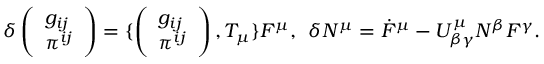
\delta \left( \begin{array} { l } { { g _ { i j } } } \\ { { \pi ^ { i j } } } \end{array} \right) = \{ \left( \begin{array} { l } { { g _ { i j } } } \\ { { \pi ^ { i j } } } \end{array} \right) , T _ { \mu } \} F ^ { \mu } , \: \: \delta N ^ { \mu } = \dot { F } ^ { \mu } - U _ { \beta \gamma } ^ { \mu } N ^ { \beta } F ^ { \gamma } .